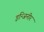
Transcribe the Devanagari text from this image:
इन्जिनीर